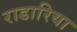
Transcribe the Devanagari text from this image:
राडारिया